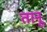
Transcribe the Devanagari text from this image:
तानू